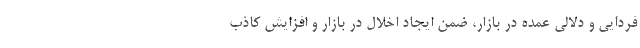
فردایی و دلالی عمده در بازار، ضمن ایجاد اخلال در بازار و افزایش کاذب